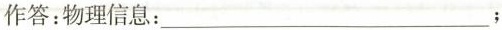
作答：物理信息：___；